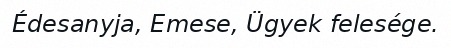
Édesanyja, Emese, Ügyek felesége.